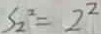
S _ { 2 } ^ { 2 } = 2 ^ { 2 }